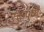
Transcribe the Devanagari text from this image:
रक्तपुष्पै